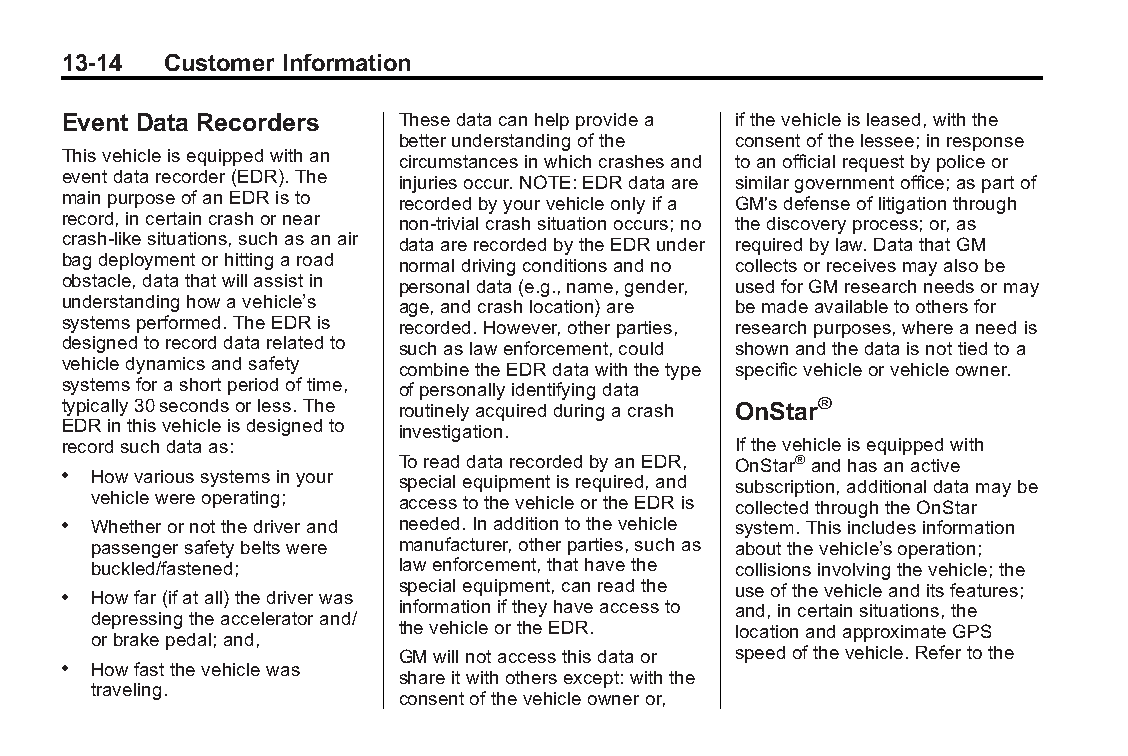
Buick LaCrosse Owner Manual (GMNA-Localizing-U.S./Canada/Mexico- Blackplate(14,1)
 6043609)-2014-2ndEdition-10/17/13
 13-14  Customer Information
 Event Data Recorders  Thesedatacanhelpprovidea ifthevehicleisleased,withthe
 betterunderstandingofthe consentofthelessee;inresponse
 Thisvehicleisequippedwithan circumstancesinwhichcrashesand toanofficialrequestbypoliceor
 eventdatarecorder(EDR).The injuriesoccur.NOTE:EDRdataare similargovernmentoffice;aspartof
 mainpurposeofanEDRisto recordedbyyourvehicleonlyifa GM'sdefenseoflitigationthrough
 record,incertaincrashornear non-trivialcrashsituationoccurs;no thediscoveryprocess;or,as
 crash-likesituations,suchasanair dataarerecordedbytheEDRunder requiredbylaw.DatathatGM
 bagdeploymentorhittingaroad normaldrivingconditionsandno collectsorreceivesmayalsobe
 obstacle,datathatwillassistin personaldata(e.g.,name,gender, usedforGMresearchneedsormay
 understandinghowavehicle’s age,andcrashlocation)are bemadeavailabletoothersfor
 systemsperformed.TheEDRis recorded.However,otherparties, researchpurposes,whereaneedis
 designedtorecorddatarelatedto suchaslawenforcement,could shownandthedataisnottiedtoa
 vehicledynamicsandsafety combinetheEDRdatawiththetype specificvehicleorvehicleowner.
 systemsforashortperiodoftime, ofpersonallyidentifyingdata
 typically30secondsorless.The routinelyacquiredduringacrash OnStar®
 EDRinthisvehicleisdesignedto investigation.
 recordsuchdataas:                           Ifthevehicleisequippedwith
 ToreaddatarecordedbyanEDR, OnStar®andhasanactive
 . Howvarioussystemsinyour specialequipmentisrequired,and subscription,additionaldatamaybe
 vehiclewereoperating; accesstothevehicleortheEDRis collectedthroughtheOnStar
 . Whetherornotthedriverand needed.Inadditiontothevehicle system.Thisincludesinformation
 passengersafetybeltswere manufacturer,otherparties,suchas aboutthevehicle’soperation;
 buckled/fastened;   lawenforcement,thathavethe collisionsinvolvingthevehicle;the
 specialequipment,canreadthe useofthevehicleanditsfeatures;
 . Howfar(ifatall)thedriverwas
 informationiftheyhaveaccessto and,incertainsituations,the
 depressingtheacceleratorand/
 thevehicleortheEDR.   locationandapproximateGPS
 orbrakepedal;and,
 GMwillnotaccessthisdataor speedofthevehicle.Refertothe
 . Howfastthevehiclewas
 shareitwithothersexcept:withthe
 traveling.
 consentofthevehicleowneror,